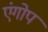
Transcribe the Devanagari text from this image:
एंगोप